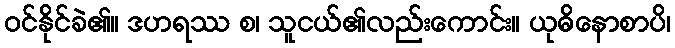
ဝင်နိုင်ခဲ၏။ ဒဟရဿ စ၊ သူငယ်၏လည်းကောင်း။ ယုဓိနောစာပိ၊